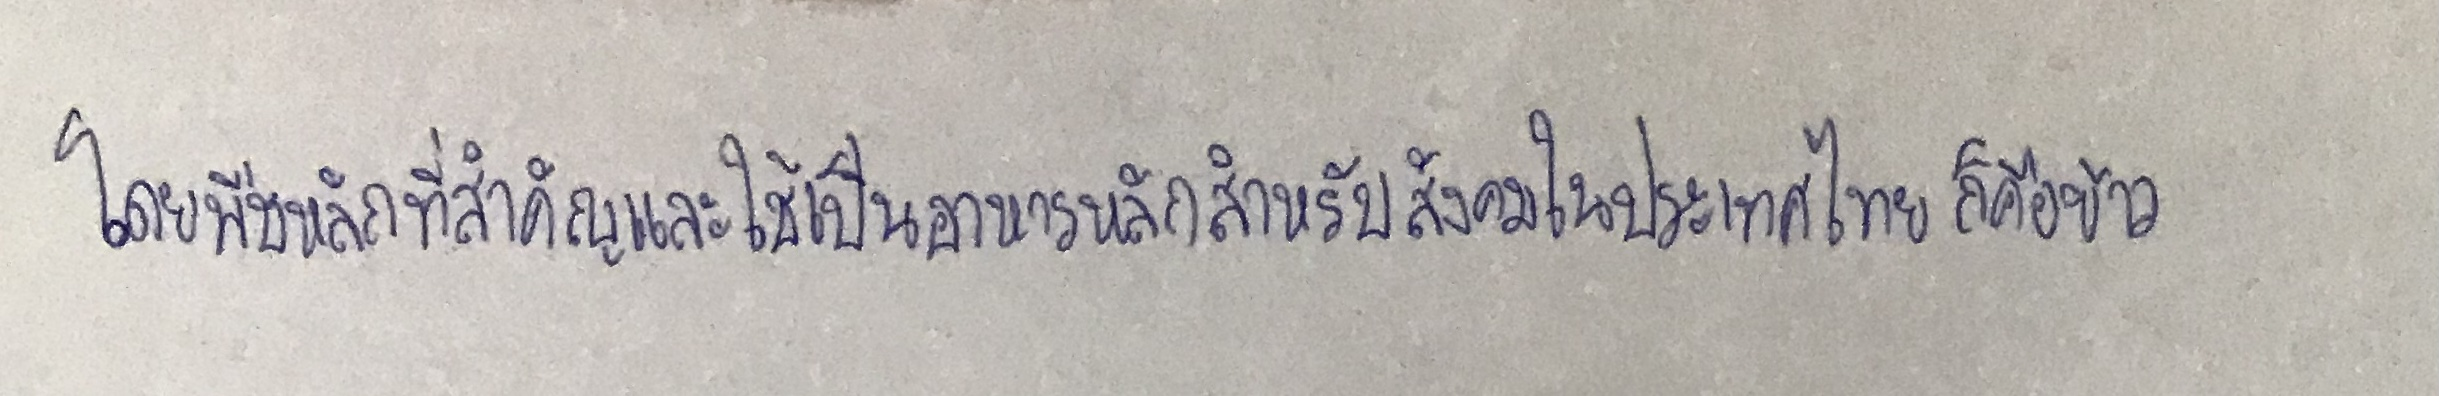
โดยพืชหลักที่สำคัญและใช้เป็นอาหารหลักสำหรับสังคมในประเทศไทยก็คือข้าว